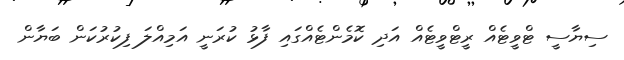
ސިޔާސީ ޓްވީޓެއް ރީޓްވީޓެއް އަދި ކޮމެންޓެއްގައި ފާޅު ކުރަނީ އަމިއްލަ ފިކުރުކަން ބަޔާން